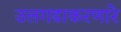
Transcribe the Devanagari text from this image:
उलगडाकरणारे